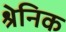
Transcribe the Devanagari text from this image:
श्रेनिक